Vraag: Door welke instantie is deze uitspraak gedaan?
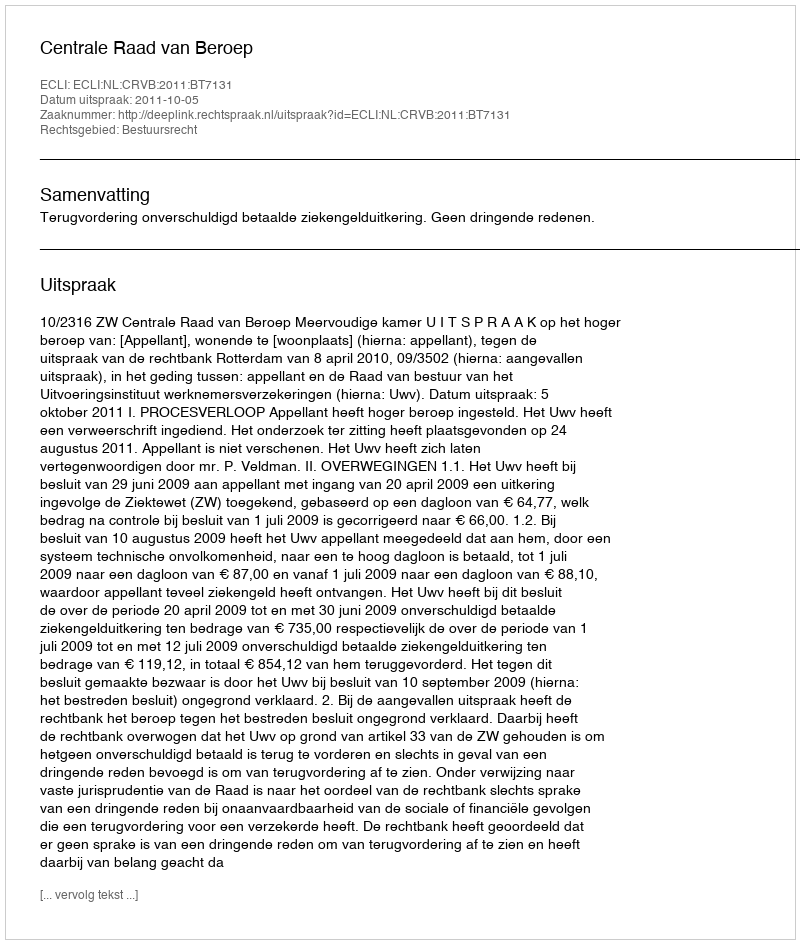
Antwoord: Centrale Raad van Beroep